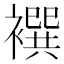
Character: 襈